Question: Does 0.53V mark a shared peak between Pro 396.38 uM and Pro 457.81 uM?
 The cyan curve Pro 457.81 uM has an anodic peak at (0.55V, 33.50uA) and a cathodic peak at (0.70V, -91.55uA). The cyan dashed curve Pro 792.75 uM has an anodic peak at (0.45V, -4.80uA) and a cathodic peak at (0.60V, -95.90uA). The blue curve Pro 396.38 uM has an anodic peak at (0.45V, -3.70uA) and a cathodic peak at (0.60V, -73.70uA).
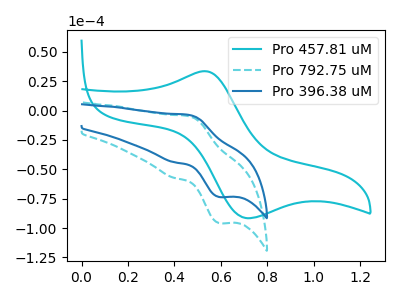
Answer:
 <answer>No, "Pro 396.38 uM" and "Pro 457.81 uM" dont share a peak at 0.53V.</answer>
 <eval>mismatch</eval>